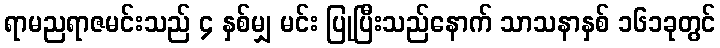
ရာမညရာဇမင်းသည် ၄ နှစ်မျှ မင်း ပြုပြီးသည်နောက် သာသနာနှစ် ၁၆၁ခုတွင်